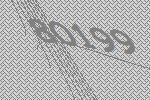
80199